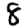
Digit: 8